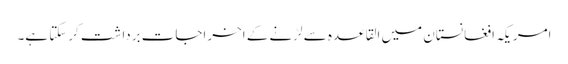
امریکہ افغانستان میں القاعدہ سے لڑنے کے اخراجات برداشت کرسکتا ہے۔